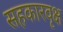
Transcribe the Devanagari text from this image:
सहकारवृक्ष